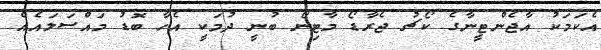
އެކަމަކު އާޖެންޓީނާގެ ކޯޗު ޖެރާޑޯ މާޓިނޯ ބުނީ ދުމަކީ އެހާ ބޮޑު މައްސަލައެއް